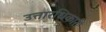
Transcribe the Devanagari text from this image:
उत्तारधिकारी